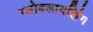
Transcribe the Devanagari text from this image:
ग्लोबलायझिंग